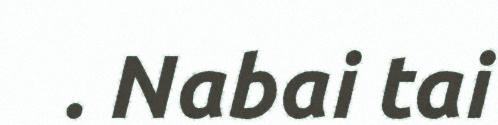
. Nabai tai